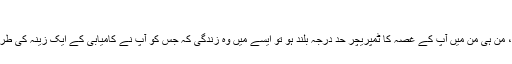
ایک قریبی مثال کی طرف توجہ دیجئے:
اگر آپ کی/کا شریکِ سفر انتہائی غیر ذمہ دار ہو، آپ کو ایک آنکھ نہ بھاتا ہو، من ہی من میں آپ کے غصہ کا ٹمپریچر حد درجہ بُلند ہو تو ایسے میں وہ زندگی کہ جس کو آپ نے کامیابی کے ایک زینہ کی طرف شریکِ سفر کے انتخاب کے ذریعے بڑھا دیا تھا، وہ ڈانو ڈول ہوجائے گی۔